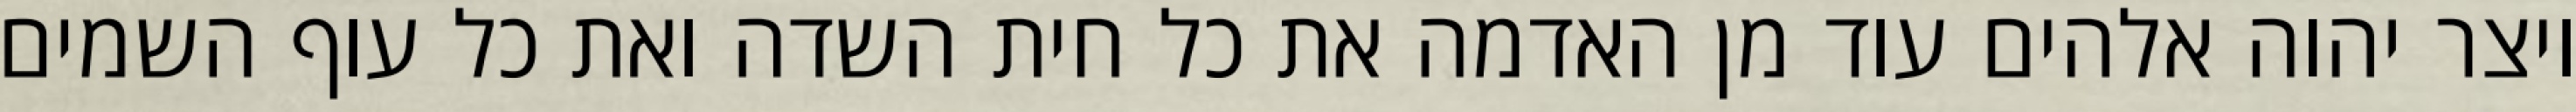
ויצר יהוה אלהים עוד מן האדמה את כל חית השדה ואת כל עוף השמים